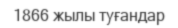
1866 жылы туғандар